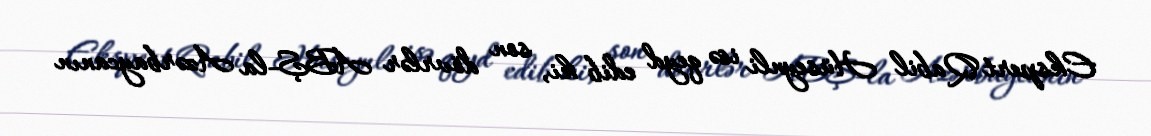
Ekspert Qabil Hüseynli isə qeyd edib ki, son dövrlər ABŞ-la Azərbaycanın